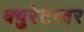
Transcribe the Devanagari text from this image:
क्युरेटरवर